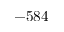
- 5 8 4